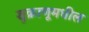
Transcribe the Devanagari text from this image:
शुक्राणूमधील